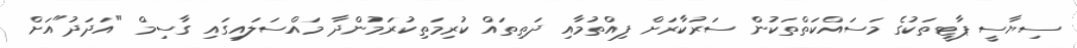
ސިޔާސީ ޕާޓީތަކުގެ މަސައްކަތްތަކުން ސަރުކާރަށް ފިއްތުމާއި ދަތިތައް ކުރިމަތިކުރަމުންދާ މައްސަލައިގައި ގާސިމް "އަދަދު"އަށް